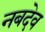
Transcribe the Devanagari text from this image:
नबदेव